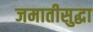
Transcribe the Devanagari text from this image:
जमातीसुद्धा